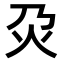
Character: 𤆄